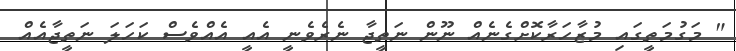
" މަގުމަތީގައި މުޒާހަރާކޮށްގެނެއް ނޫން ނަތީޖާ ނެރެވެނީ އެއީ އެއްވެސް ކަހަލަ ނަތީޖާއެއް